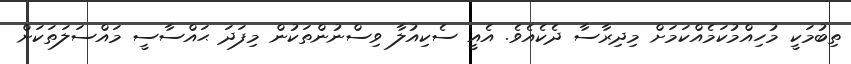
ތިބުމަކީ މުހިއްމުކަމެއްކަމަށް މިދިރާސާ ދެކެއެވެ. އެއީ ސެކިއުލާ ވިސްނުންތަކުން މިފަދަ ޙައްސާސީ މައްސަލަތަކަށް